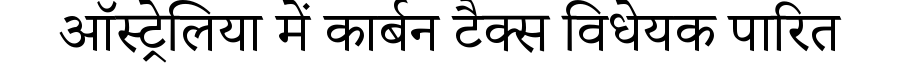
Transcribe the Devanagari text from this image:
ऑस्ट्रेलिया में कार्बन टैक्स विधेयक पारित